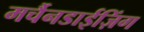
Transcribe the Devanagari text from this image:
मर्चैनडाईज़िंग